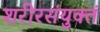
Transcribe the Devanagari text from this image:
शरीरसंयुक्तं